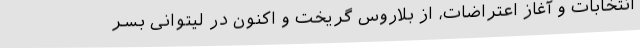
انتخابات و آغاز اعتراضات، از بلاروس گریخت و اکنون در لیتوانی بسر